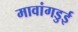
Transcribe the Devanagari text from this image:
मावांगडुई